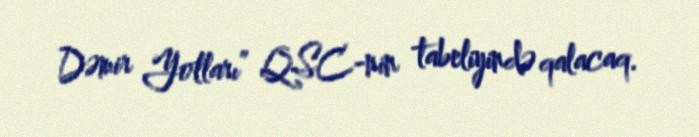
Dəmir Yolları” QSC-nin tabeliyində qalacaq.